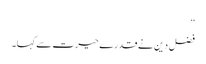
‘‘
فضل دین نے قدرے حیرت سے کہا۔